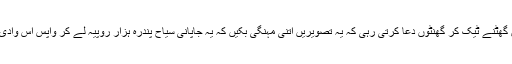
فرزین شتاخان میں گھٹنے ٹیک کر گھنٹوں دُعا کرتی رہی کہ یہ تصویریں اِتنی مہنگی بکیں کہ یہ جاپانی سیاح پندرہ ہزار روپیہ لے کر واپس اس وادی میں آئے اور پھر۔